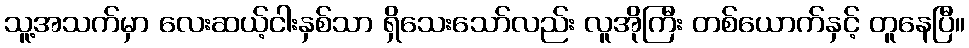
သူ့အသက်မှာ လေးဆယ့်ငါးနှစ်သာ ရှိသေးသော်လည်း လူအိုကြီး တစ်ယောက်နှင့် တူနေပြီ။